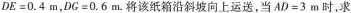
$$D E = 0 . 4 m$$，$$D G = 0 . 6 m$$. 将该纸箱沿斜坡向上运送，当$$A D = 3 m$$时，求